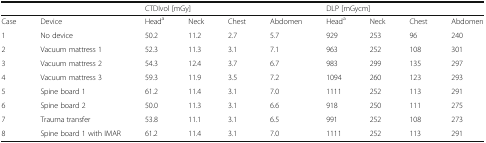
|  |  | <COLSPAN=4> CTDIvol [mGy] | <COLSPAN=4> DLP [mGycm] |
 | --- | --- | --- | --- | --- | --- | --- | --- | --- | --- |
 | Case | Device | Heada | Neck | Chest | Abdomen | Heada | Neck | Chest | Abdomen |
 | 1 | No device | 50.2 | 11.2 | 2.7 | 5.7 | 929 | 253 | 96 | 240 |
 | 2 | Vacuum mattress 1 | 52.3 | 11.3 | 3.1 | 7.1 | 963 | 252 | 108 | 301 |
 | 3 | Vacuum mattress 2 | 54.3 | 12.4 | 3.7 | 6.7 | 983 | 299 | 135 | 297 |
 | 4 | Vacuum mattress 3 | 59.3 | 11.9 | 3.5 | 7.2 | 1094 | 260 | 123 | 293 |
 | 5 | Spine board 1 | 61.2 | 11.4 | 3.1 | 7.0 | 1111 | 252 | 113 | 291 |
 | 6 | Spine board 2 | 50.0 | 11.3 | 3.1 | 6.6 | 918 | 250 | 111 | 275 |
 | 7 | Trauma transfer | 53.8 | 11.1 | 3.1 | 6.5 | 991 | 252 | 108 | 273 |
 | 8 | Spine board 1 with IMAR | 61.2 | 11.4 | 3.1 | 7.0 | 1111 | 252 | 113 | 291 |